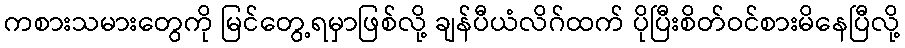
ကစားသမားတွေကို မြင်တွေ့ရမှာဖြစ်လို့ ချန်ပီယံလိဂ်ထက် ပိုပြီးစိတ်ဝင်စားမိနေပြီလို့